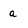
Character: a